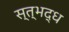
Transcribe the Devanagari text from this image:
स्त्भद्ध